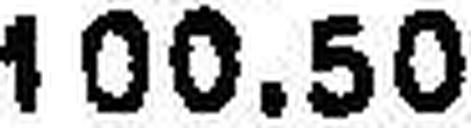
100.50